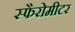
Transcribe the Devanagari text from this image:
स्फैरोमीटर